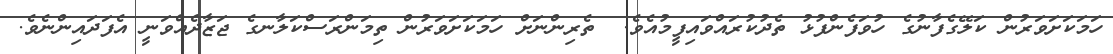
ހަމަކަށަވަރުން ކަލޭގެފާނުގެ ހުވަފެންފުޅު ތެދުކުރައްވައިފީމުއެވެ.  ތެރިންނަށް ހަމަކަށަވަރުން ތިމަންރަސްކަލާނގެ ޖަޒާދެއްވަނީ އެފަދައިންނެވެ.